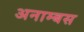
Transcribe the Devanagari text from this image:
अनाम्बस